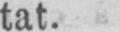
tat.